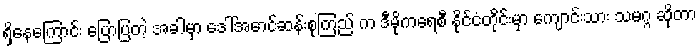
ရှိနေကြောင်း ပြောပြတဲ့ အခါမှာ ဒေါ်အောင်ဆန်းစုကြည် က ဒီမိုကရေစီ နိုင်ငံတိုင်းမှာ ကျောင်းသား သမဂ္ဂ ဆိုတာ